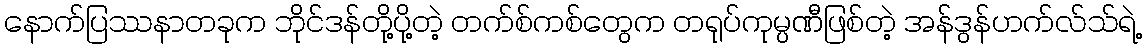
နောက်ပြဿနာတခုက ဘိုင်ဒန်တို့ပို့တဲ့ တက်စ်ကစ်တွေက တရုပ်ကုမ္ပဏီဖြစ်တဲ့ အန်ဒွန်ဟက်လ်သ်ရဲ့